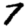
Digit: 7